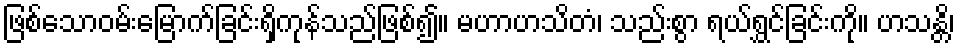
ဖြစ်သောဝမ်းမြောက်ခြင်းရှိကုန်သည်ဖြစ်၍။ မဟာဟသိတံ၊ သည်းစွာ ရယ်ရွှင်ခြင်းကို။ ဟသန္တိ၊